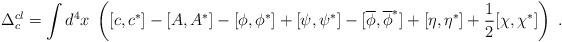
LaTeX: \begin{align*}\Delta _c^{cl}=\int d^4x\;\left( [c,c^{*}]-[A,A^{*}]-[\phi ,\phi ^{*}]+[\psi,\psi ^{*}]-[\overline{\phi },\overline{\phi }^{*}]+[\eta ,\eta ^{*}]+\frac12[\chi ,\chi ^{*}]\right) \;. \end{align*}